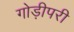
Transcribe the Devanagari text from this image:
गोड़ीपरी